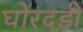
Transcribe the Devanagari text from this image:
घोरदडी